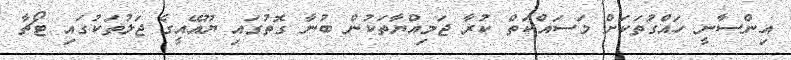
އިންސާނީ ހައްގުތަކަށް މަސައްކަތް ކުރާ ޖަމިއްޔާތަކުން ބުނާ ގޮތުގައި ޔޫއޭއީގެ ޖަލުތަކުގައި ޓޯޗާ